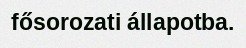
fősorozati állapotba.